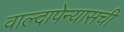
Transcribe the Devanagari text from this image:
वाल्दापेन्यासची